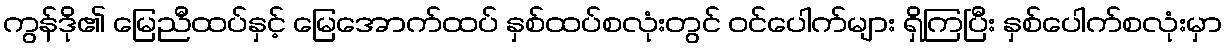
ကွန်ဒို၏ မြေညီထပ်နှင့် မြေအောက်ထပ် နှစ်ထပ်စလုံးတွင် ဝင်ပေါက်များ ရှိကြပြီး နှစ်ပေါက်စလုံးမှာ